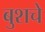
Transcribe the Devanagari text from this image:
बुशचे